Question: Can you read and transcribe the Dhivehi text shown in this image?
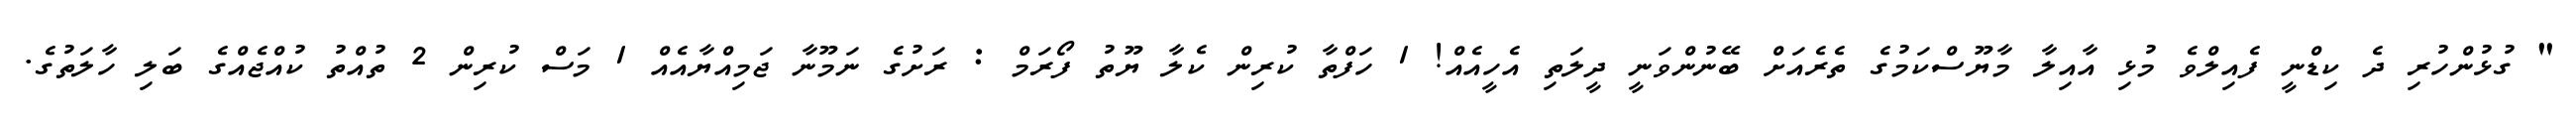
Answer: " ގުޅުންހުރި ދެ ކިޑްނީ ފެއިލްވެ މުޅި އާއިލާ މާޔޫސްކަމުގެ ތެރެއަށް ބޭނުންވަނީ ދީލަތި އެހީއެއް! 1 ހަފްތާ ކުރިން ކެލާ ޔޫތު ފޯރަމް : ރަށުގެ ނަމޫނާ ޖަމިއްޔާއެއް 1 މަސް ކުރިން 2 ތުއްތު ކުއްޖެއްގެ ބަލި ހާލަތުގެ.